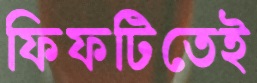
ফিফটিতেই